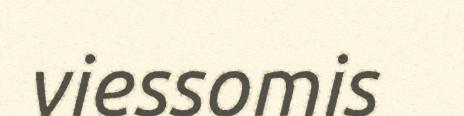
viessomis